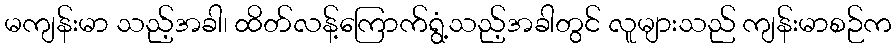
မကျန်းမာ သည့်အခါ၊ ထိတ်လန့်ကြောက်ရွံ့သည့်အခါတွင် လူများသည် ကျန်းမာစဉ်က